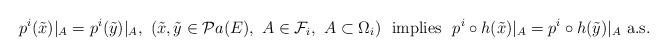
LaTeX: \begin{align*} p^i(\tilde x)|_A=p^i(\tilde y)|_A, \ (\tilde x, \tilde y\in \mathcal Pa(E), \ A\in\mathcal F_{i}, \ A\subset\Omega_i) \ \ \mbox{implies} \ \ p^i\circ h(\tilde x)|_{A}=p^i\circ h(\tilde y)|_{A} \ \mbox{a.s.}\end{align*}